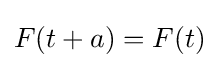
F(t+a)=F(t)